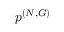
\boldsymbol { p } ^ { ( N , G ) }